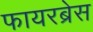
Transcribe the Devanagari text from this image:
फायरब्रेस